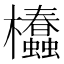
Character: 𣡢